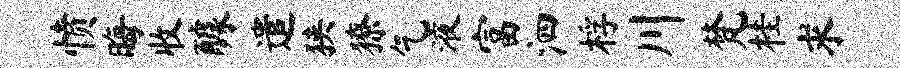
愤晦收醵遣狭獠乞液富泗桴川梵桂求